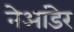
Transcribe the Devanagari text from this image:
नेआंडेर